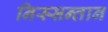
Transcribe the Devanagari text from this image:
निस्सन्तान